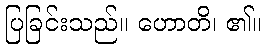
ပြခြင်းသည်။ ဟောတိ၊ ၏။